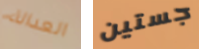
العدالة جستين